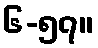
၆-၅၇။